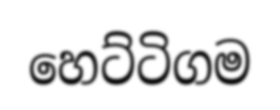
හෙට්ටිගම